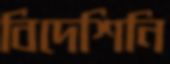
বিদেশিনি